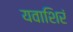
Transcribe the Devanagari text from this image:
यवाशिरं